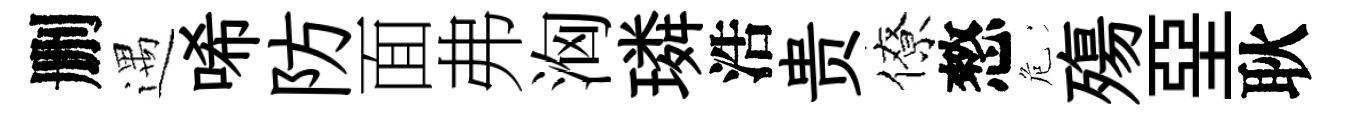
删遇唏防面弗洶璘浩贵僚憗危殤堊耿